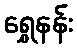
ရွှေနန်း